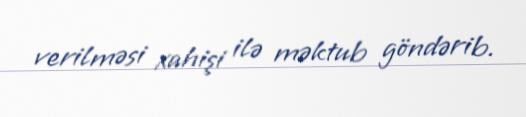
verilməsi xahişi ilə məktub göndərib.